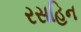
રસહિન